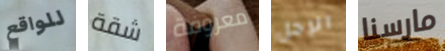
للواقع شقة معروفة الرجل مارسنا